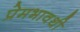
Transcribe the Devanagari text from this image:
प्रेमभावथी